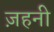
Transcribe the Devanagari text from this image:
ज़हनी